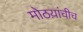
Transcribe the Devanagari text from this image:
मोठय़ांचीच